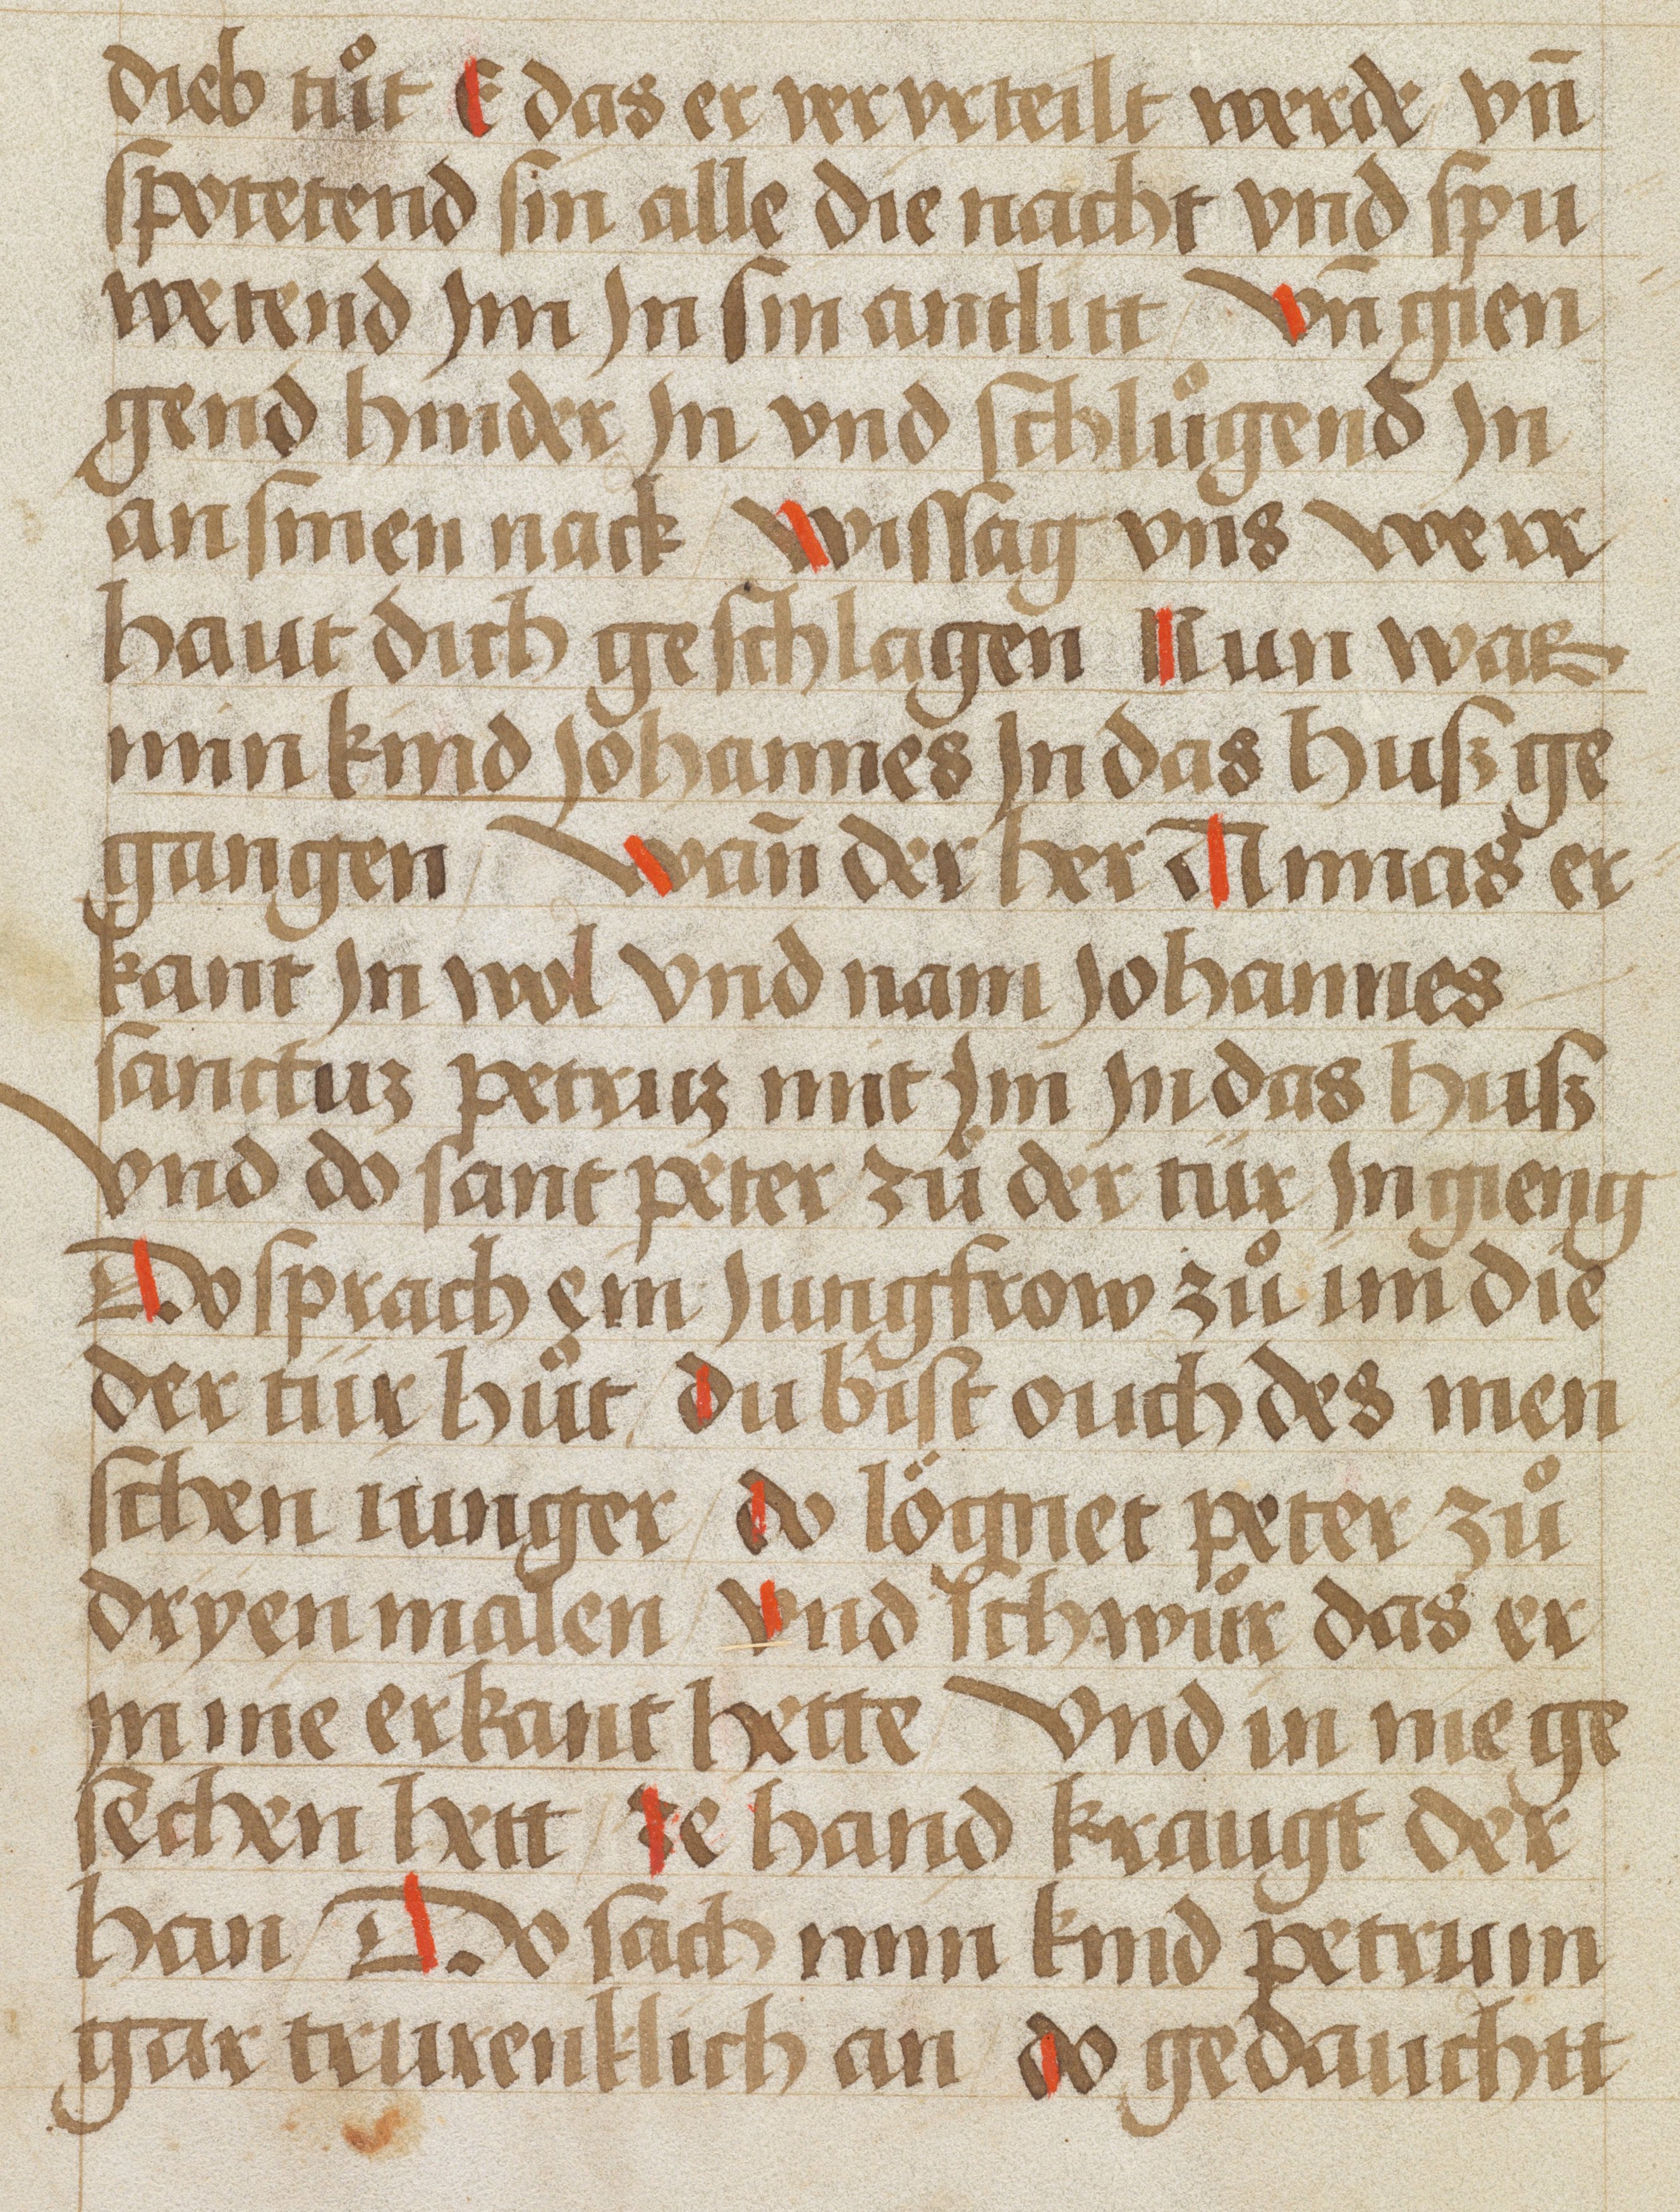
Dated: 1450–1499